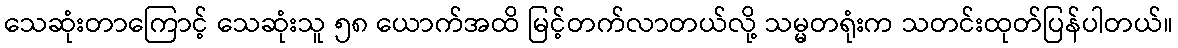
သေဆုံးတာကြောင့် သေဆုံးသူ ၅၈ ယောက်အထိ မြင့်တက်လာတယ်လို့ သမ္မတရုံးက သတင်းထုတ်ပြန်ပါတယ်။